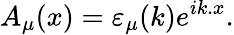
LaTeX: A_{\mu}(x)=\varepsilon_{\mu}(k)e^{ik.x}.